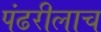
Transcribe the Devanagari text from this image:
पंढरीलाच